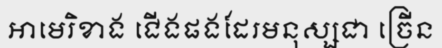
អាមេរិខាង ជើងផងដែរមនុស្សជា ច្រើន